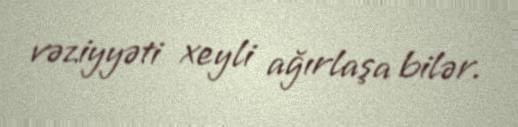
vəziyyəti xeyli ağırlaşa bilər.